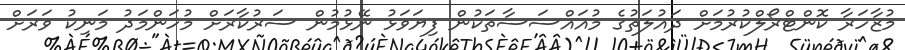
މުޒާހަރާ ކޮންޓްރޯލްކުރުމަށް ދައުލަތުގެ މުއައްސަސާތަކުން ފިޔަވަޅު ނޭޅުމުން ސަރުކާރަށް މުހަންމަދު މަނިކު ވަރަށް